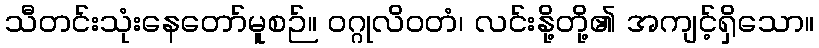
သီတင်းသုံးနေတော်မူစဉ်။ ဝဂ္ဂုလိဝတံ၊ လင်းနို့တို့၏ အကျင့်ရှိသော။